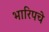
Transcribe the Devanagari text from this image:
भारिपचे